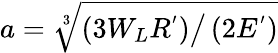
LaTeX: a=\sqrt[3]{\left(3W_{L}R^{'}\right)\big/\left(2E^{'}\right)}